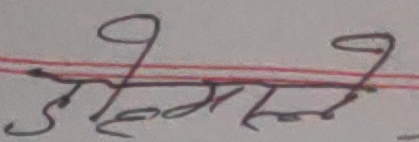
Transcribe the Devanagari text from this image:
अभिमत